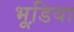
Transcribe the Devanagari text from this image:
भूडि़या